Report on vaccination in Madras 1877-1894 - 1877-1894
Year: 1877
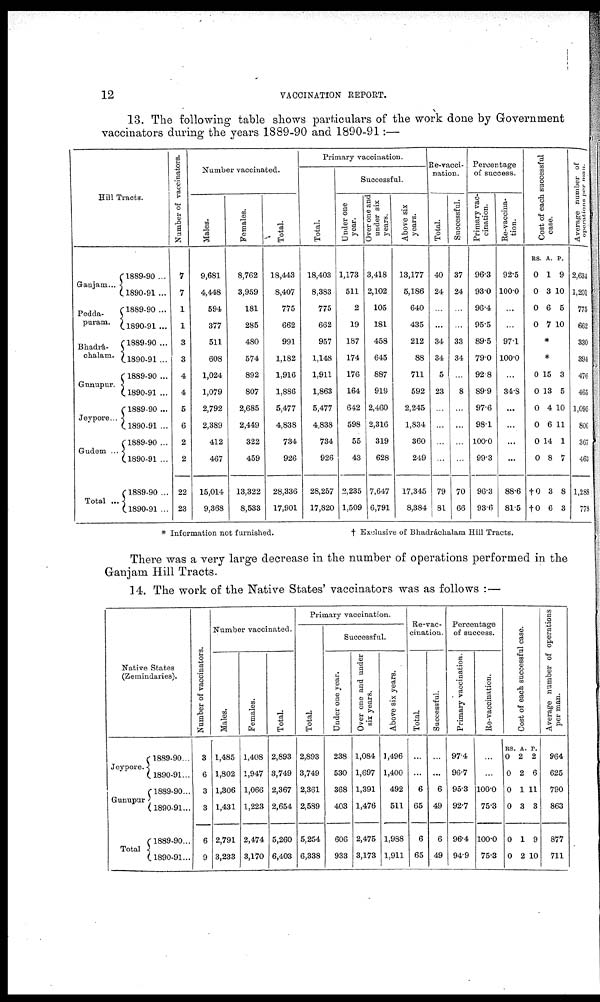
12
VACCINATION REPORT.
13. The following table shows particulars of the work done by Government
vaccinators during the years 1889-90 and 1890-91:—
Hill Tracts.
Gaujam...
Pedda¬
puram.
Bhadrá¬
chalam.
Gunupur.
Jeypore...
Gudem ...
Total ...
1889-90 ...
1890-91 ...
1889-90 ...
1890-91 ...
1889-90 ...
1890-91 ...
1889-90 ...
1890-91 ...
1889-90 ...
1890-91 ...
1889-90 ...
1890-91 ...
1889-90 ...
1890-91 ...
Number of vaccinators.
7
7
1
1
3
3
4
4
5
6
2
2
22
23
Number vaccinated.
Males.
9,681
4,448
594
377
511
608
1,024
1,079
2,792
2,389
412
467
15,014
9,368
Females.
8,762
3,959
181
285
480
574
892
807
2,685
2,449
322
459
13,322
8,533
Total.
18,443
8,407
775
662
991
1,182
1,916
1,886
5,477
4,838
734
926
28,336
17,901
Primary vaccination.
Total.
18,403
8,383
775
662
957
1,148
1,911
1,863
5,477
4,838
734
926
28,257
17,820
Successful.
Under one
year.
1,173
511
2
19
187
174
176
164
642
598
55
43
2,235
1,509
Over one and
under six
years.
3,418
2,102
105
181
458
645
887
919
2,460
2,316
319
628
7,647
6,791
Above six
years.
13,177
5,186
640
435
212
88
711
592
2,245
1,834
360
249
17,345
8,384
Re-vacci-
nation.
Total.
40
24
...
...
34
34
5
23
...
...
...
...
79
81
Successful.
37
24
...
...
33
34
...
8
...
...
...
...
70
66
Percentage
of success.
Primary vac-
cination.
96.3
93.0
96.4
95.5
89.5
79.0
92.8
89.9
97.6
98.1
100.0
99.3
96.3
93.6
Re-vaccina-
tion.
92.5
100.0
...
...
97.1
100.0
...
34.8
...
...
...
...
88.6
81.5
Cost of each successful
case.
RS.
0
0
0
0
A.
1
3
6
7
P.
9
10
5
10
*
*
0
0
0
0
0
0
†0
†0
15
13
4
6
14
8
3
6
3
5
10
11
1
7
8
3
Average number of
operations per man.
2,634
1,201
775
662
330
394
476
465
1,095
806
367
463
1,288
778
* Information not furnished.
† Exclusive of Bhadráchalam Hill Tracts.
There was a very large decrease in the number of operations performed in the
Ganjam Hill Tracts.
14. The work of the Native States' vaccinators was as follows :—
Native States
(Zemindaries).
Jeypore.
Gunupur
Total
1889-90...
1890-91...
1889-90...
1890-91...
1889-90...
1890-91...
Number of vaccinators.
3
6
3
3
6
9
Number vaccinated.
Males.
1,485
1,802
1,306
1,431
2,791
3,233
Females.
1,408
1,947
1,066
1,223
2,474
3,170
Total.
2,893
3,749
2,367
2,654
5,260
6,403
Primary vaccination.
Total.
2,893
3,749
2,361
2,589
5,254
6,338
Successful.
Under one year.
238
530
368
403
606
933
Over one and under
six years.
1,084
1,697
1,391
1,476
2,475
3,173
Above six years.
1,496
1,400
492
511
1,988
1,911
Re-vac-
cination.
Total
...
...
6
65
6
65
Successful.
...
...
6
49
6
49
Percentage
of success.
Primary vaccination.
97.4
96.7
95.3
92.7
96.4
94.9
Re-vaccination.
...
...
100.0
75.3
100.0
75.3
Cost of each successful case.
RS.
0
0
0
0
0
0
A.
2
2
1
3
1
2
P.
2
6
11
3
9
10
Average number of operations
per man.
964
625
790
863
877
711